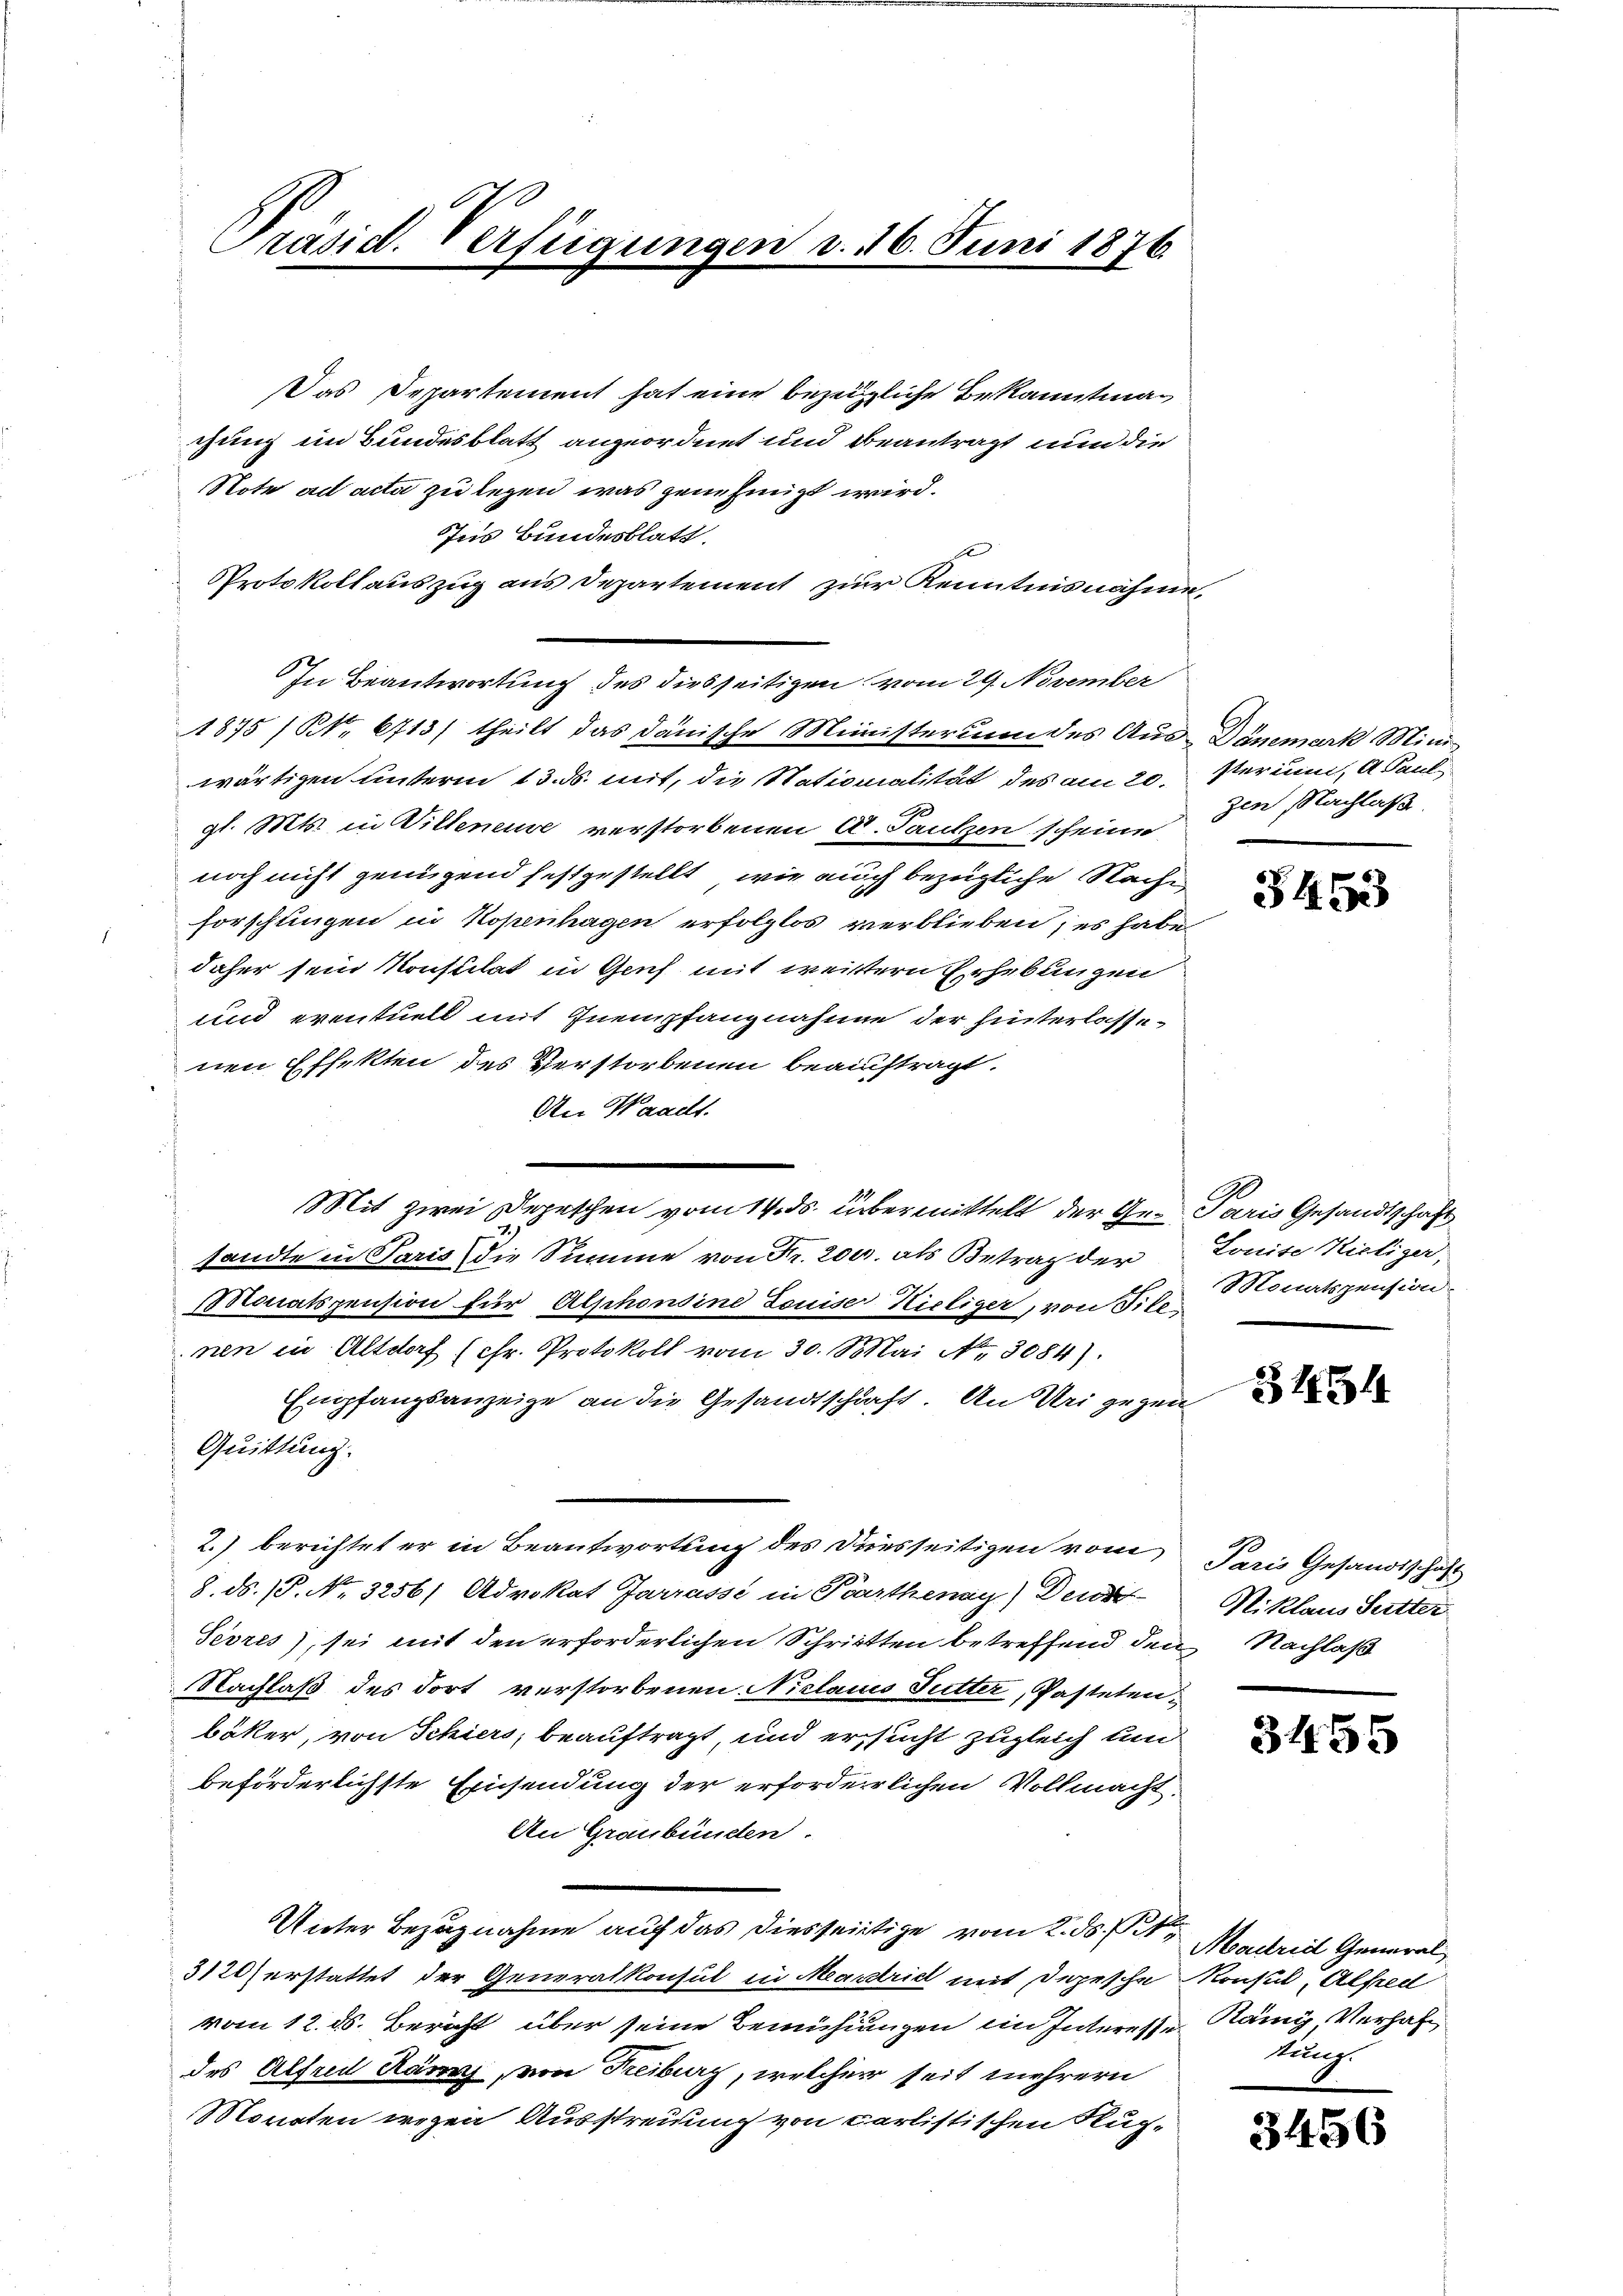
Präsid. Verfügungen d. 16. Juni 1876.

Das Departement hat eine bezügliche Bekanntmachung im Bundesblatt angeordnet und beantragt nun die
Note ad acta zu legen, was genehmigt wird.
Ins Bundesblatt.
Protokollauszug aus Departement zur Kenntnisnahme,
In Beantwortung des diesseitigen vom 29. November
1875 /Kk. 6713/ theilt das danische Ministerium des Aus-Dömmark Miniwärtigen unterm 13. ds. mit, die Nationalität des am 20. Serium, A Paul
gl. Mts. in Willeneuve verstorbenen C. Sautzen scheine
noch nicht genügend festgestellt, wie auch bezügliche Nachforschungen in Kopenhagen erfolglos verblieben; es habe
daher sein Konsulat in Genf mit weistern Erhebungen
und eventuell mit Inempfangnahme der hinterlassenen Effekten des Verstorbenen beauftragt.
An Waadt.
sandte in Paris die Summe von Fr. 200. als Betrag der Louise Nietiger,
Monatspension für Alphonsine Louise Kieliger, von Sitt
nen in Altdorf (chr. Protokoll vom 30. Mai Nr. 3084).
Empfangsanzeige an die Gesandtschaft. An Uri gegen
Quittung.
2.) berichtet er in Beantwortung des Diesseitigen von den Gesandtschaft
8. ds. 1. No. 3256) Advokat Jarrasse in Parthenay) Den
Sevres), sei mit den erforderlichen Schritten betreffend den Nachlaß
Nachlaß des dort verstorbenen Niclaus Futter, Pastetenbäker, von Schiers, beauftragt, und ersucht zugleich und
beförderlichste Einsendung der erforderrlichen Vollmacht.
An Graubünden.
Unter Bezugnahme auf das diesseitige vom 2. ds. 1
3120 erstattet der Generalkonsul in Madrid mit Depesche Konsul, Alfred
vom 12. ds. Bericht über seine Bemühungen ein Interesse Rämi, Verhal
des Alfred Rämi, von Freiburg, welcher seit mehrern
Monaten wegen Ausstreuung von Carlistischen Kuch-

Mit zwei Depeschen vom 14. ds. übermittelt der Ge-Paris Gesandtschaft

zen Nachlaß.

5453

Monatspension.

3434

Niklaus Sutter

3455

Madrid General
Kunz.

3456